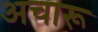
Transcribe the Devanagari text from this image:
अचारू